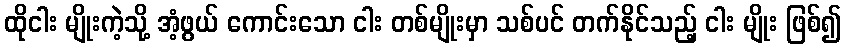
ထိုငါး မျိုးကဲ့သို့ အံ့ဖွယ် ကောင်းသော ငါး တစ်မျိုးမှာ သစ်ပင် တက်နိုင်သည့် ငါး မျိုး ဖြစ်၍